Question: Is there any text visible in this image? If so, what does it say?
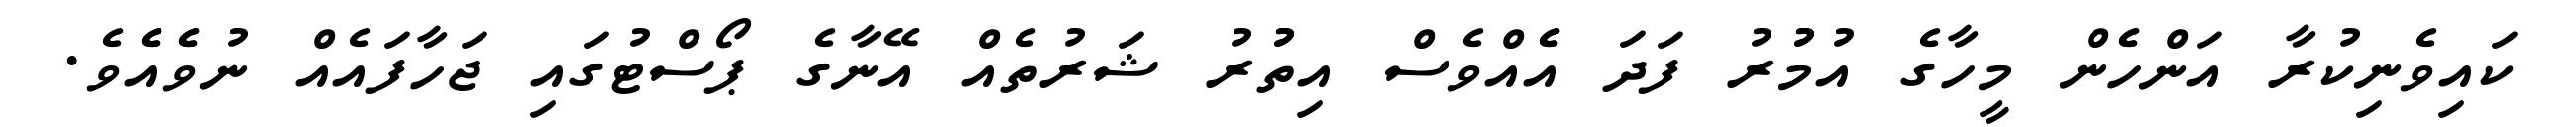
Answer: ކައިވެނިކުރާ އަންހެެން މީހާގެ އުމުުރު ފަދަ އެެއްވެސް އިތުުރު ޝަރުތެއް އޭނާގެ ޕޯސްޓުގައި ޖަހާފައެއް ނުވެެއެެވެ.